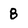
Character: 8